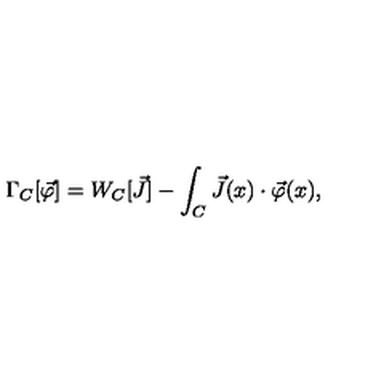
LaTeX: \Gamma _ { C } [ \vec { \varphi } ] = W _ { C } [ \vec { J } ] - \int _ { C } \vec { J } ( x ) \cdot \vec { \varphi } ( x ) ,